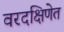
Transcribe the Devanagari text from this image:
वरदक्षिणेत